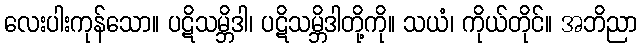
လေးပါးကုန်သော။ ပဋိသမ္ဘိဒါ၊ ပဋိသမ္ဘိဒါတို့ကို။ သယံ၊ ကိုယ်တိုင်။ အဘိညာ